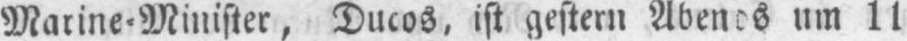
um 11